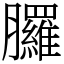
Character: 𦣇